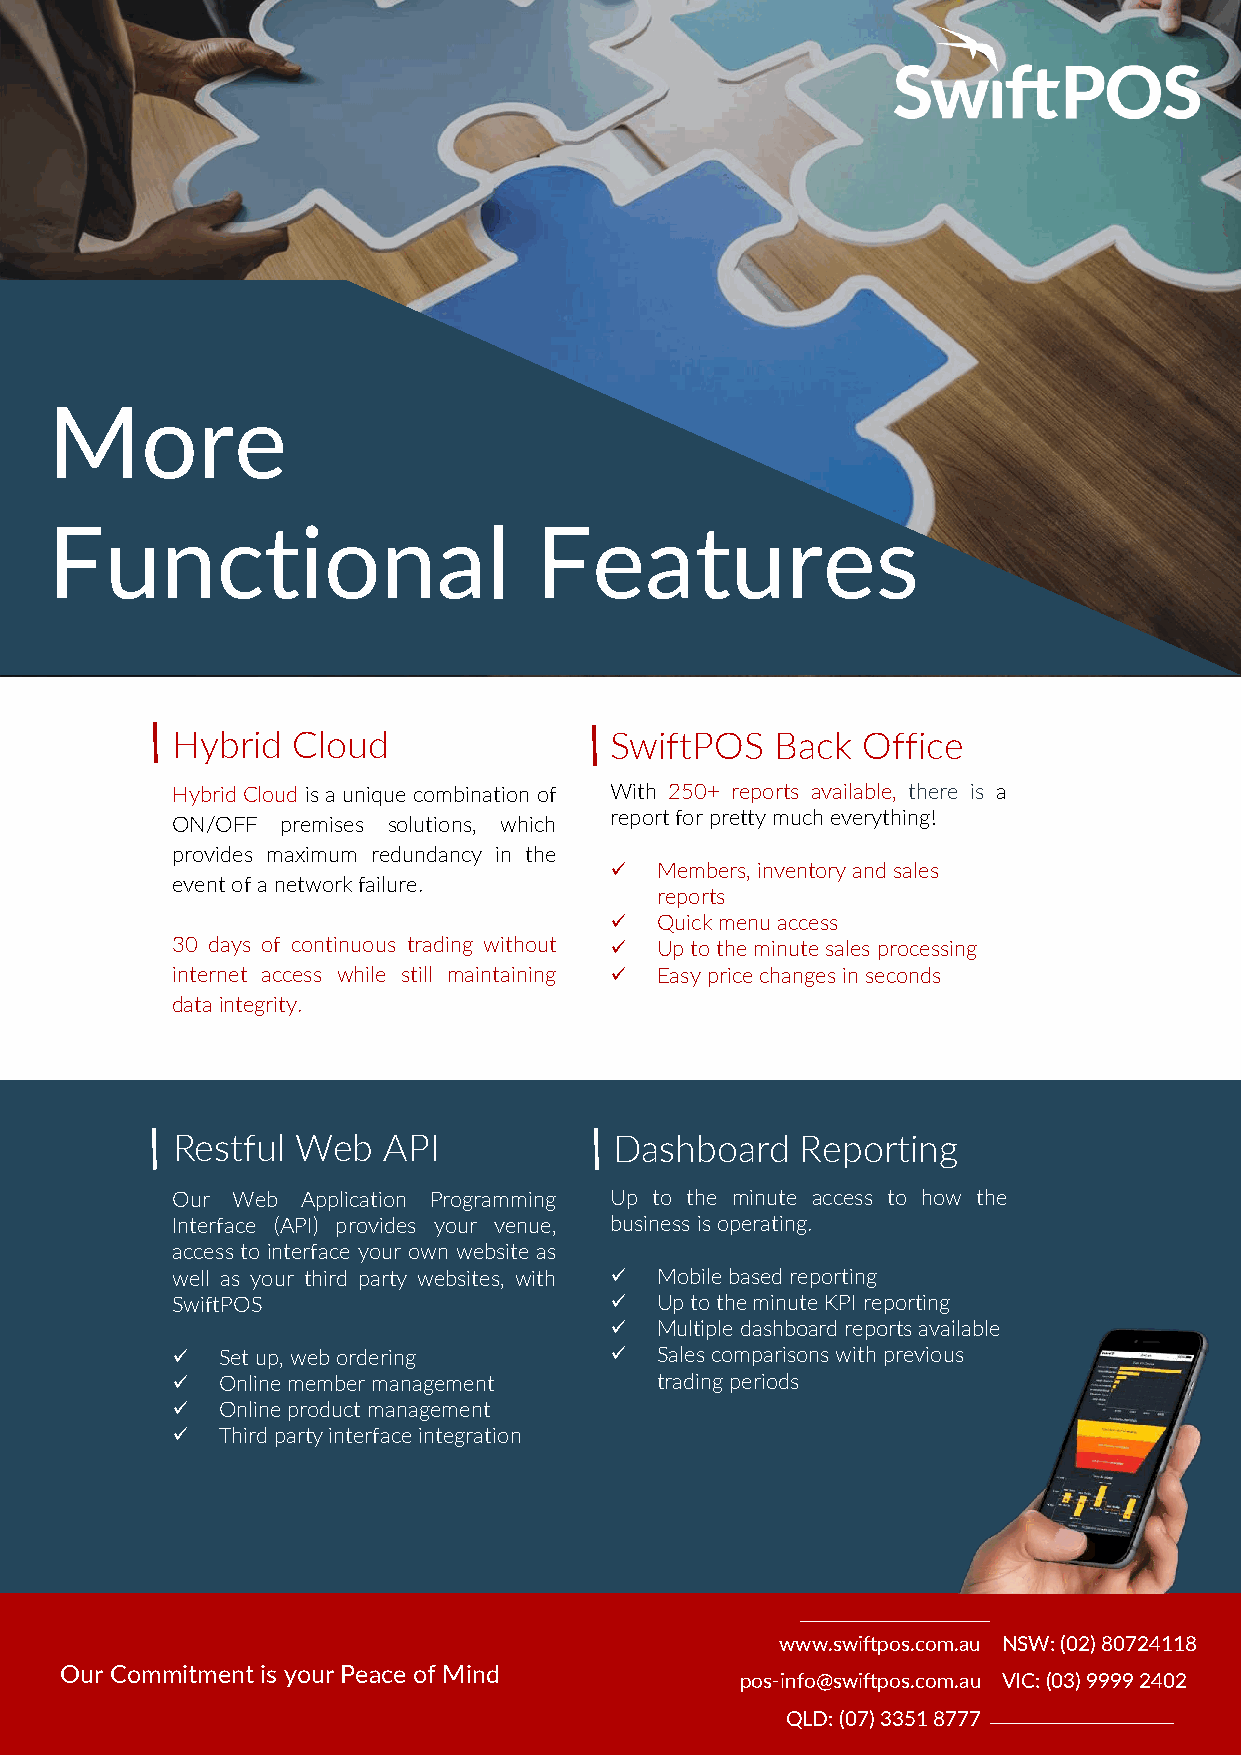
More
 Functional                      Features
 Hybrid  Cloud                SwiftPOS   Back  Office
 HybridCloudisa unique combination of With 250+ reports available, there is a
 reportforprettymucheverything!
 ON/OFF  premises solutions, which
 provides maximum redundancy in the
 ✓  Members, inventory and sales
 eventofanetworkfailure.
 reports
 ✓  Quick menu access
 30 days of continuous trading without ✓ Up to the minute sales processing
 internet access while still maintaining ✓ Easy price changes in seconds
 dataintegrity.
 Restful  Web  API             Dashboard   Reporting
 Our Web  Application Programming Up to the minute access to how the
 Interface (API) provides your venue, businessisoperating.
 access to interface your own website as
 well as your third party websites, with ✓ Mobile based reporting
 SwiftPOS                     ✓  Up to the minute KPI reporting
 ✓  Multiple dashboard reports available
 ✓  Set up, web ordering      ✓  Sales comparisons with previous
 ✓  Online member management     trading periods
 ✓  Online product management
 ✓  Third party interface integration
 www.swiftpos.com.au NSW: (02) 80724118
 Our Commitment is your Peace of Mind
 pos-info@swiftpos.com.au VIC: (03) 9999 2402
 QLD: (07) 3351 8777